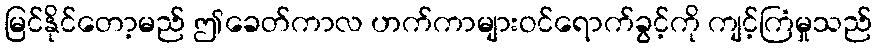
မြင်နိုင်တော့မည် ဤခေတ်ကာလ ဟက်ကာများဝင်ရောက်ခွင့်ကို ကျင့်ကြံမှုသည်